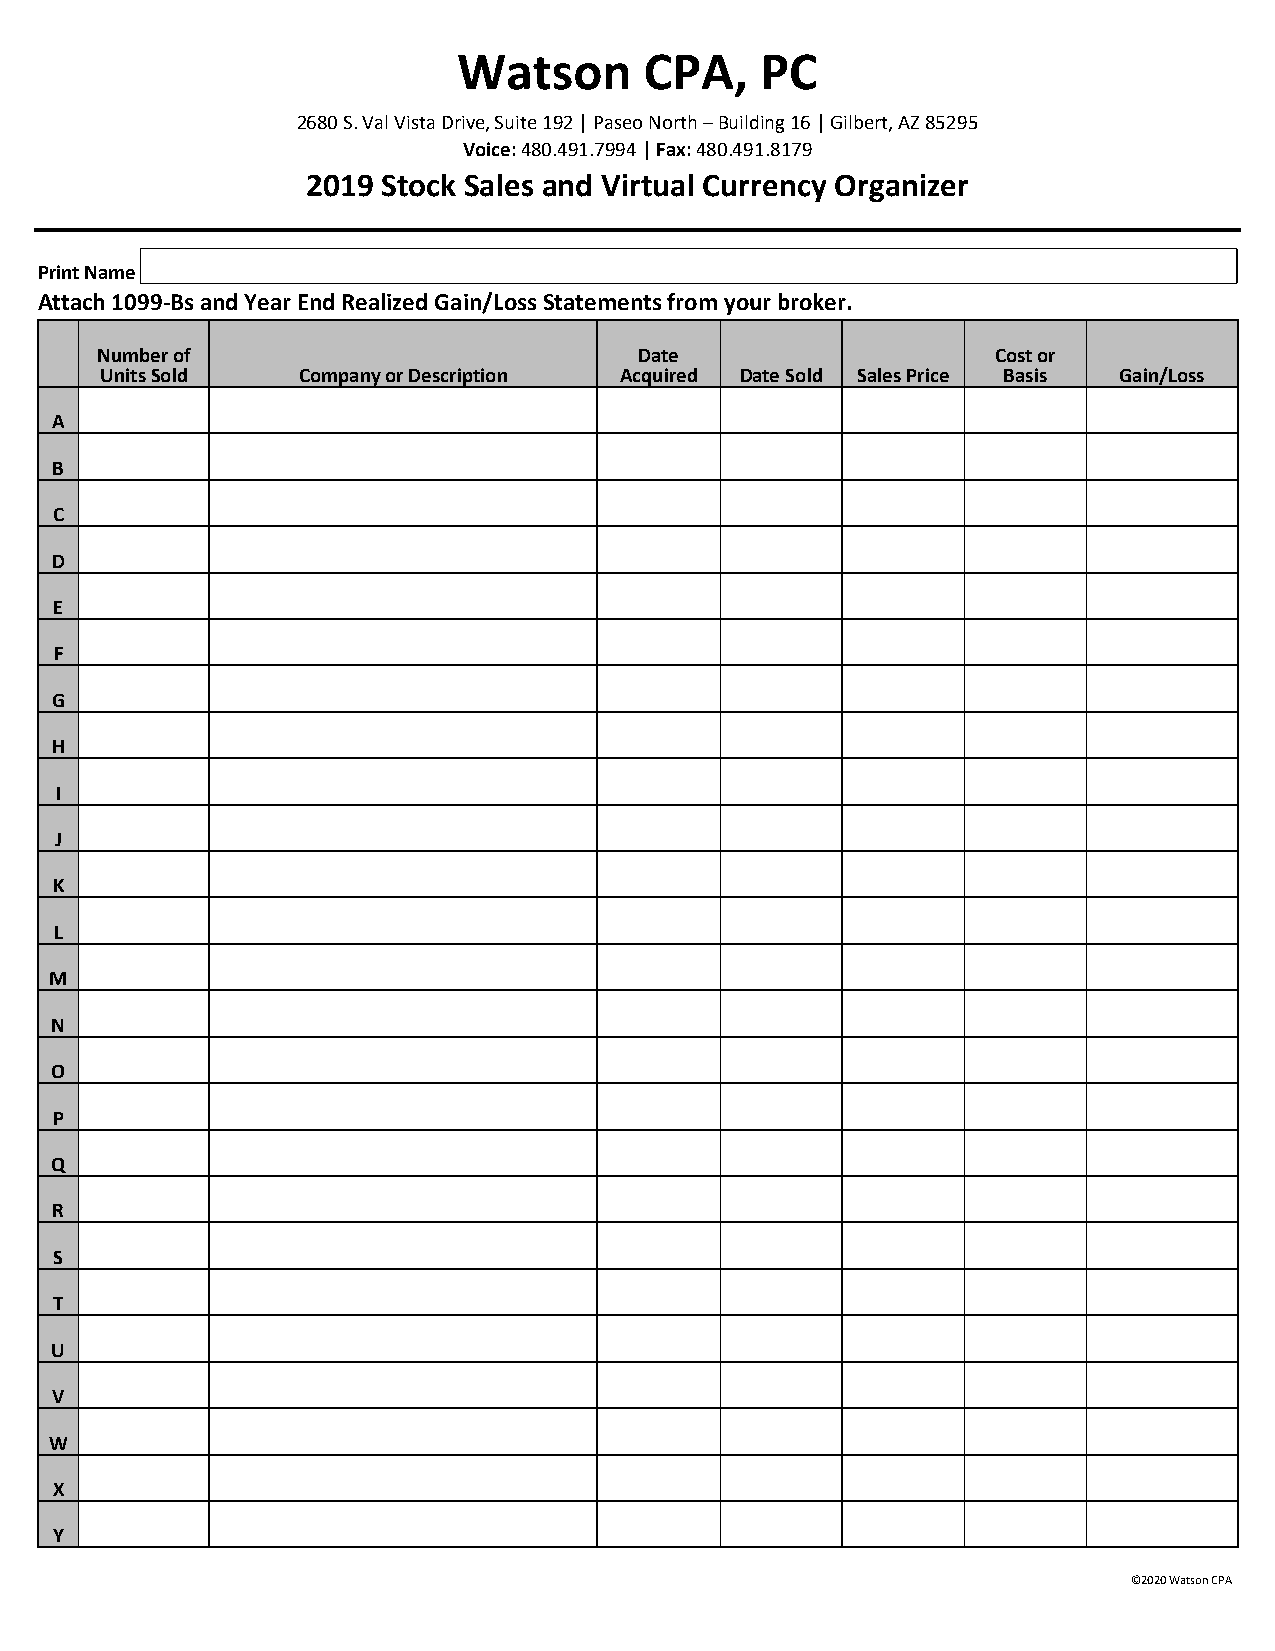
Watson       CPA,   PC
 2680 S. Val Vista Drive, Suite 192 | Paseo North – Building 16 | Gilbert, AZ 85295
 Voice: 480.491.7994 | Fax: 480.491.8179
 2019 Stock Sales and Virtual Currency Organizer
 Print Name
 Attach 1099-Bs and Year End Realized Gain/Loss Statements from your broker.
 Number of                           Date                    Cost or
 Units Sold   Company or Description Acquired Date Sold Sales Price Basis Gain/Loss
 A
 B
 C
 D
 E
 F
 G
 H
 I
 J
 K
 L
 M
 N
 O
 P
 Q
 R
 S
 T
 U
 V
 W
 X
 Y
 ©2020 Watson CPA